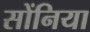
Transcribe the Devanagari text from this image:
सोंनिया